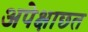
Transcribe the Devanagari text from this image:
अपेक्षाछत